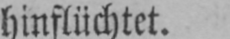
hinflüchtet.